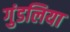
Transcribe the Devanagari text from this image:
गुंडलिया